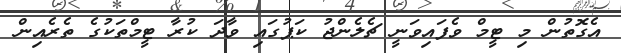
އެގޮތުން މި ޓީމް ވެފައިވަނީ ޗެލެންޖު ކަޕުގައި ވާދަ ކުރާ ޓީމްތަކުގެ ތެރެއިން